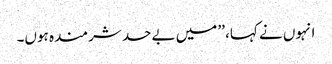
انہوں نے کہا، ’’ میں بےحد شرمندہ ہوں۔